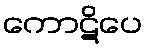
ကောဋိပေ